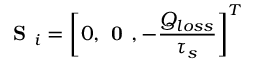
\textbf { S } _ { i } = \left[ 0 , \textbf { 0 } , - \frac { Q _ { l o s s } } { \tau _ { s } } \right] ^ { T }